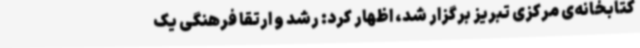
کتابخانه‌ی مرکزی تبریز برگزار شد، اظهار کرد: رشد و ارتقا فرهنگی یک